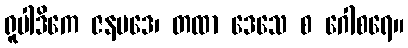
ရူပါဒိကေ ဇနပဒေ၊ တထာ ဒေသေ စ ဂေါစရေ။